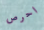
احرص